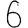
Digit: 6